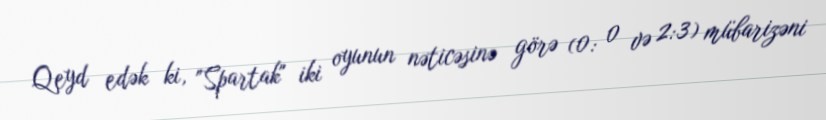
Qeyd edək ki, "Spartak" iki oyunun nəticəsinə görə (0: 0 və 2:3) mübarizəni